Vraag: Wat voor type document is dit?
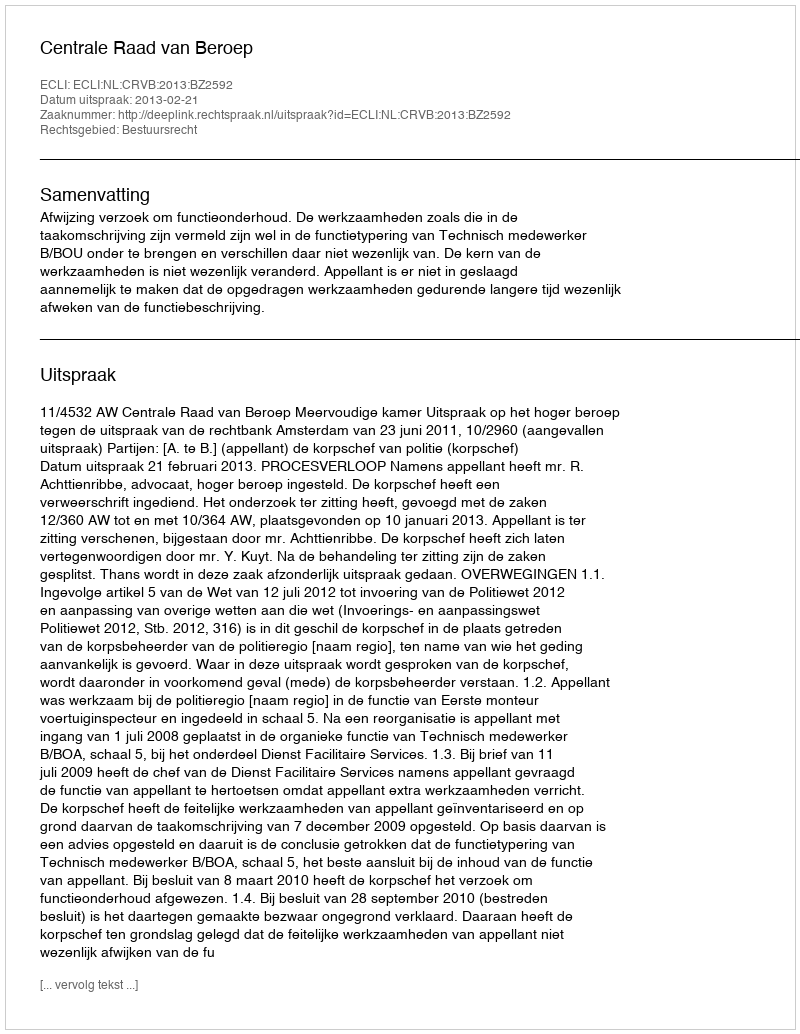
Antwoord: Uitspraak